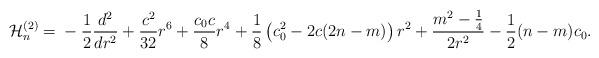
LaTeX: \begin{align*} {\cal H}_n^{(2)}={}-\frac 12\frac{d^2}{dr^2} + \frac{c^2}{32}r^6 + \frac{c_0c}8r^4 + \frac 18\left(c_0^2-2c(2n - m)\right)r^2 + \frac{m^2-\frac 14}{2r^2} -\frac 12(n-m)c_0.\end{align*}